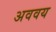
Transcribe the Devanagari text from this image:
अववय